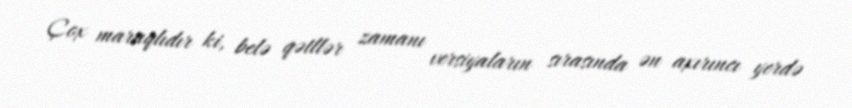
Çox maraqlıdır ki, belə qətllər zamanı versiyaların sırasında ən axırıncı yerdə